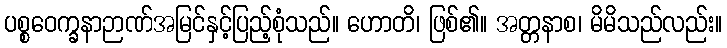
ပစ္စဝေက္ခနာဉာဏ်အမြင်နှင့်ပြည့်စုံသည်။ ဟောတိ၊ ဖြစ်၏။ အတ္တနာစ၊ မိမိသည်လည်း။